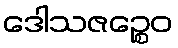
ဒေါသဇဉ္စေဝ